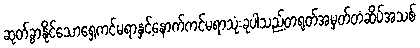
ဆုတ်ခွာနိုင်သောရှေ့ကင်မရာနှင့်နောက်ကင်မရာသုံးခုပါသည့်တရုတ်အမှတ်တံဆိပ်အသစ်